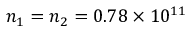
n _ { 1 } = n _ { 2 } = 0 . 7 8 \times 1 0 ^ { 1 1 }